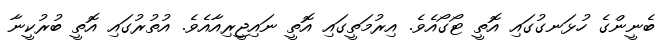
ބެނީންގެ ހުޅަނގުގައި އޮތީ ޓޯގޯއެވެ. އިރުމަތީގައި އޮތީ ނައިޖީރިއާއެވެ. އުތުރުގައި އޮތީ ބުރުކީނާ